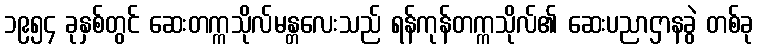
၁၉၅၄ ခုနှစ်တွင် ဆေးတက္ကသိုလ်မန္တလေးသည် ရန်ကုန်တက္ကသိုလ်၏ ဆေးပညာဌာနခွဲ တစ်ခု